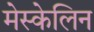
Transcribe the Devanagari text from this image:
मेस्केलिन